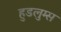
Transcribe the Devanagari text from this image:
हुडलुम्स